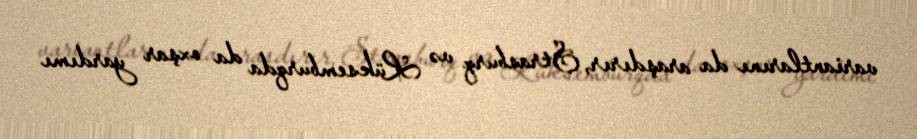
variantlarını da araşdırır, Strasburq və Lüksemburqda da oxşar yardımı